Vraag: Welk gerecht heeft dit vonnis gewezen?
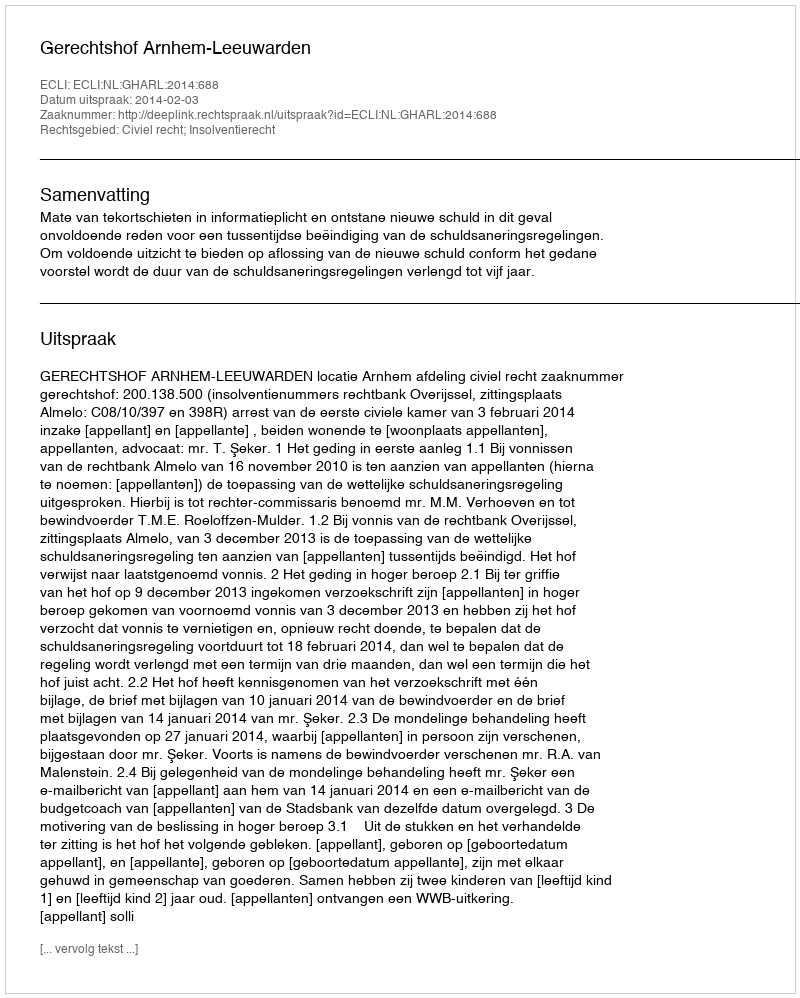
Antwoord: Gerechtshof Arnhem-Leeuwarden